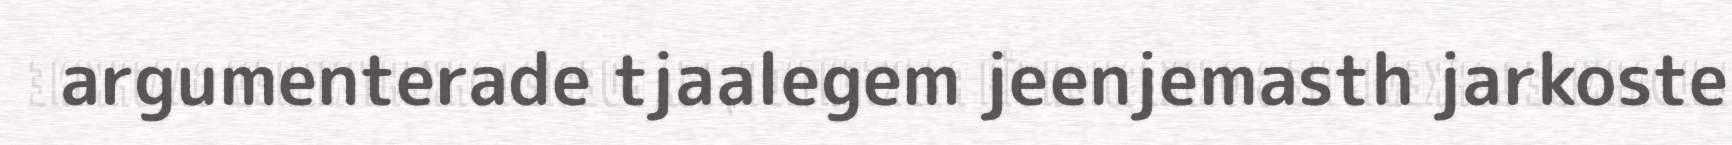
argumenterade tjaalegem jeenjemasth jarkoste